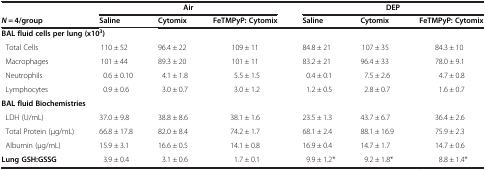
<table><thead><tr><td><b> </b></td><td colspan="3"><b>Air</b></td><td colspan="3"><b>DEP</b></td></tr><tr><td><b><i>N =</i> 4/group</b></td><td><b>Saline</b></td><td><b>Cytomix</b></td><td><b>FeTMPyP: Cytomix</b></td><td><b>Saline</b></td><td><b>Cytomix</b></td><td><b>FeTMPyP: Cytomix</b></td></tr></thead><tbody><tr><td colspan="7"><b>BAL fluid cells per lung (x10</b><sup><b>3</b></sup><b>)</b></td></tr><tr><td>Total Cells</td><td>110 ± 52</td><td>96.4 ± 22</td><td>109 ± 11</td><td>84.8 ± 21</td><td>107 ± 35</td><td>84.3 ± 10</td></tr><tr><td>Macrophages</td><td>101 ± 44</td><td>89.3 ± 20</td><td>101 ± 11</td><td>83.2 ± 21</td><td>96.4 ± 33</td><td>78.0 ± 9.1</td></tr><tr><td>Neutrophils</td><td>0.6 ± 0.10</td><td>4.1 ± 1.8</td><td>5.5 ± 1.5</td><td>0.4 ± 0.1</td><td>7.5 ± 2.6</td><td>4.7 ± 0.8</td></tr><tr><td>Lymphocytes</td><td>0.9 ± 0.6</td><td>3.0 ± 0.7</td><td>3.0 ± 1.2</td><td>1.2 ± 0.5</td><td>2.8 ± 0.7</td><td>1.6 ± 0.7</td></tr><tr><td colspan="7"><b>BAL fluid Biochemistries</b></td></tr><tr><td>LDH (U/mL)</td><td>37.0 ± 9.8</td><td>38.8 ± 8.6</td><td>38.1 ± 1.6</td><td>23.5 ± 1.3</td><td>43.7 ± 6.7</td><td>36.4 ± 2.6</td></tr><tr><td>Total Protein (μg/mL)</td><td>66.8 ± 17.8</td><td>82.0 ± 8.4</td><td>74.2 ± 1.7</td><td>68.1 ± 2.4</td><td>88.1 ± 16.9</td><td>75.9 ± 2.3</td></tr><tr><td>Albumin (μg/mL)</td><td>15.9 ± 3.1</td><td>16.6 ± 0.5</td><td>14.1 ± 0.8</td><td>16.9 ± 0.4</td><td>14.7 ± 1.7</td><td>14.7 ± 0.6</td></tr><tr><td><b>Lung GSH:GSSG</b></td><td>3.9 ± 0.4</td><td>3.1 ± 0.6</td><td>1.7 ± 0.1</td><td>9.9 ± 1.2*</td><td>9.2 ± 1.8*</td><td>8.8 ± 1.4*</td></tr></tbody></table>